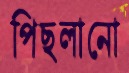
পিছলানো